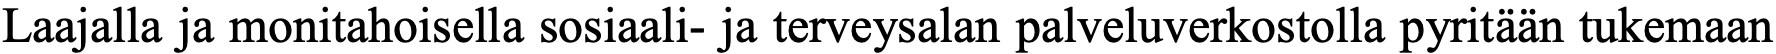
Laajalla ja monitahoisella sosiaali- ja terveysalan palveluverkostolla pyritään tukemaan